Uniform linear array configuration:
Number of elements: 48
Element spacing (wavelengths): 0.75
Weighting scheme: hann
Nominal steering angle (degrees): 15
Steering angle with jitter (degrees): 14.985
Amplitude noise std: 0.05
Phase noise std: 0.05

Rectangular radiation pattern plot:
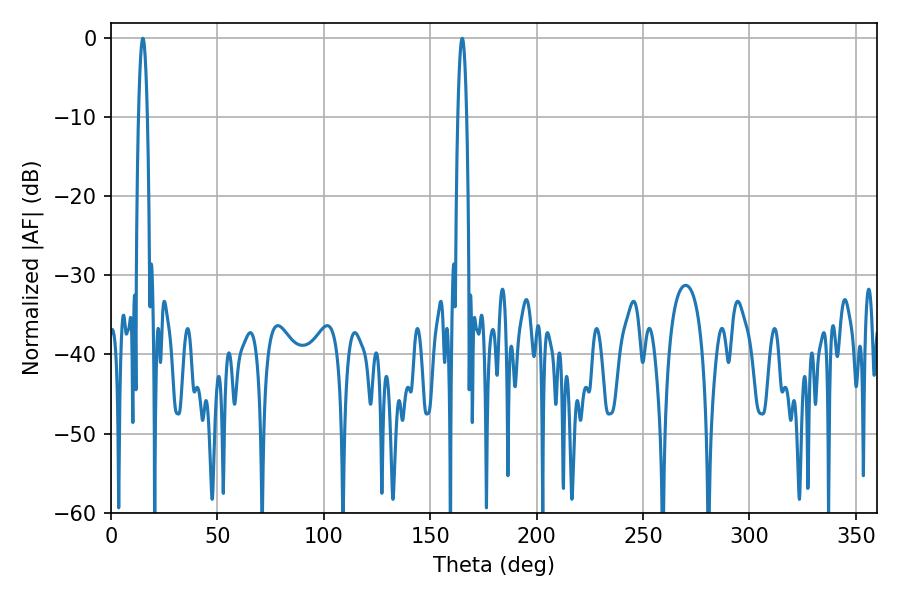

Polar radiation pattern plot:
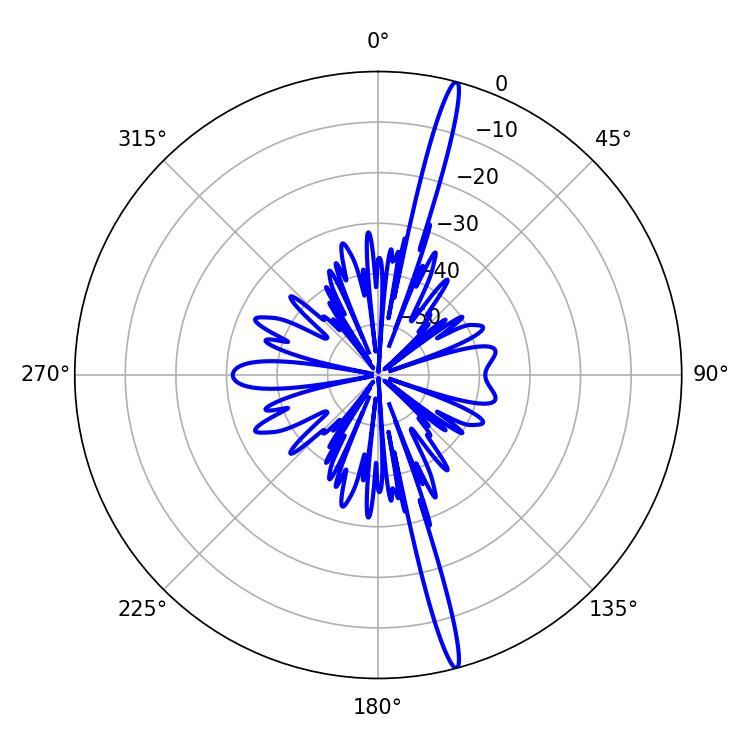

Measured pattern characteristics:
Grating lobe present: TRUE
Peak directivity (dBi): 19.491
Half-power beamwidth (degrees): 2.16
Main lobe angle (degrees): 14.94